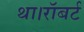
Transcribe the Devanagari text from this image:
था।रॉबर्ट